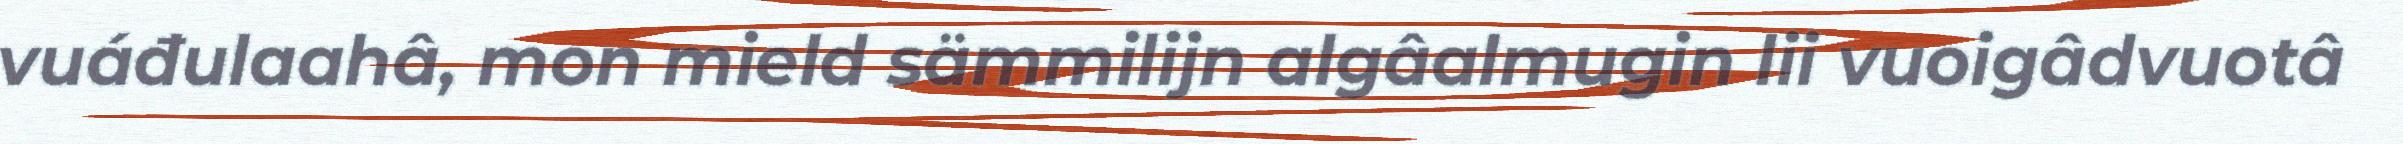
vuáđulaahâ, mon mield sämmilijn algâalmugin lii vuoigâdvuotâ